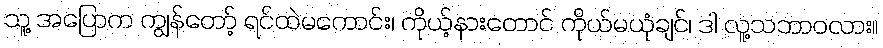
သူ့ အပြောက ကျွန်တော့် ရင်ထဲမကောင်း၊ ကိုယ့်နားတောင် ကိုယ်မယုံချင်၊ ဒါ လူ့သဘာဝလား။